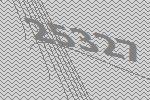
25327